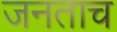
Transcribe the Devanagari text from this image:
जनताच